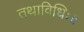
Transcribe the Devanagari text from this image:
तथाविधिः॥